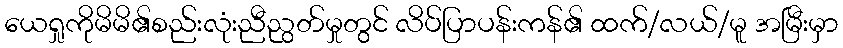
ယေရှုကိုမိမိ၏စည်းလုံးညီညွတ်မှုတွင် လိပ်ပြာပန်းကန်၏ ထက်/လယ်/မူ အမြီးမှာ